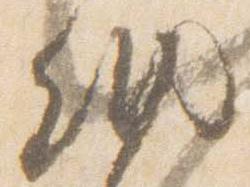
納